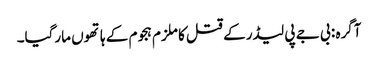
آگرہ : بی جے پی لیڈر کے قتل کا ملزم ہجوم کے ہاتھوں مارگیا۔